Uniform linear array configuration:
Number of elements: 48
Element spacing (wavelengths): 1
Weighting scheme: hann
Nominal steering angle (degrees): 0
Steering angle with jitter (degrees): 0.4949
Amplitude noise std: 0.05
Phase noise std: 0.05

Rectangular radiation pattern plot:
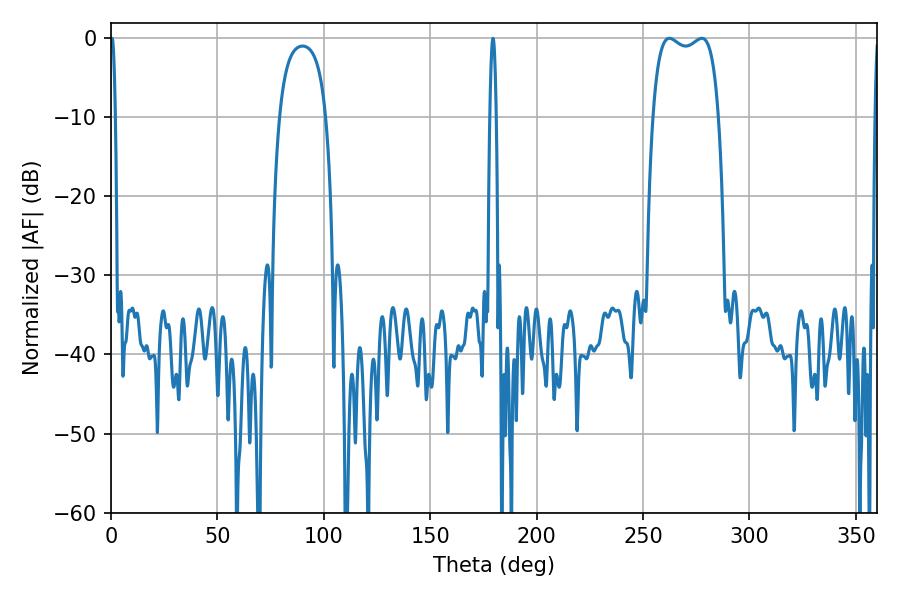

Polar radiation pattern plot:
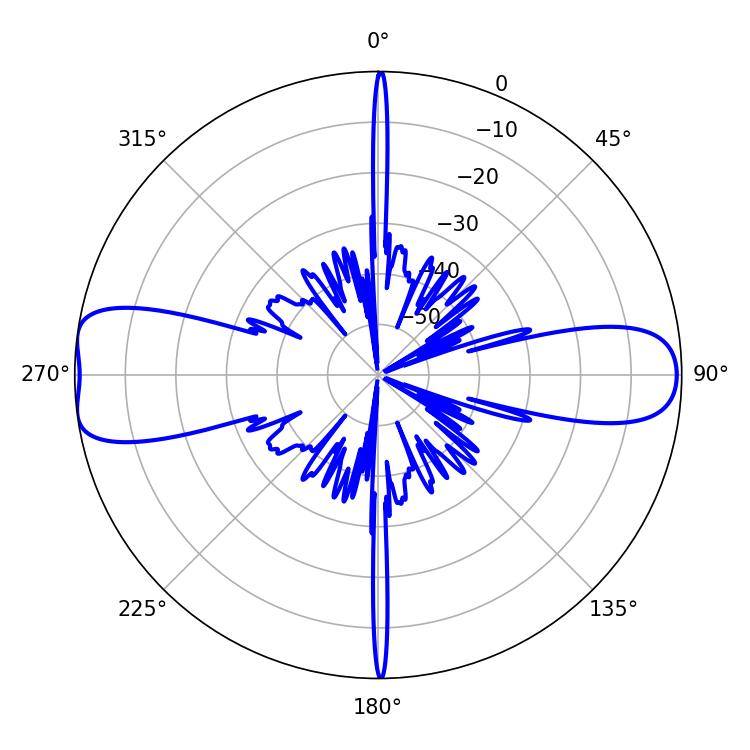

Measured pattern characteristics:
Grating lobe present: TRUE
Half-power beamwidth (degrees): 25.2
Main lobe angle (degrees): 262.44